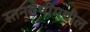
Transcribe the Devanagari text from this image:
स्तनग्रंथींमधील